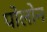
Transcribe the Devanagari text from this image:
पोलोन